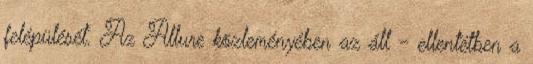
felépülését. Az Allure közleményében az áll - ellentétben a